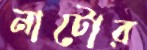
নাটোর